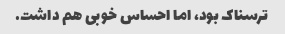
ترسناک بود، اما احساس خوبی هم داشت.